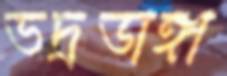
ভদ্রডাঙ্গা